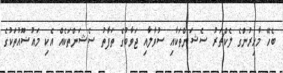
ބެހޭ މާހިރުންގެ ލެކްޗަރު ސެޝަންތަކާއި ސުވާލާއި ޖަވާބުގެ ތަފާތު ސެޝަންތަކެއް އެކި މައުޟޫއުތަކުގެ